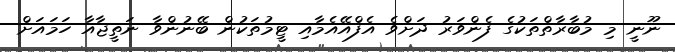
ނޫނީ މި މުބާރާތްތަކުގެ ފެންވަރު ދަށްވެ އެފްއޭއެމާއި ޓީމުތަކުން ބޭނުންވާ ނަތީޖާއާ ހަމައަށް